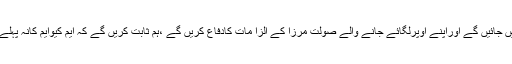
انہوں نے کہاکہ ہم اب بھی عدالتوں میں جائیں گے اوراپنے اوپرلگائے جانے والے صولت مرزا کے الزا مات کادفاع کریں گے ،ہم ثابت کریں گے کہ ایم کیوایم کانہ پہلے ان سے کوئی تعلق تھااورنہ اب ہے ۔